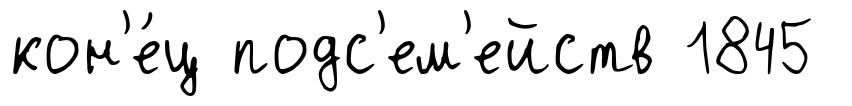
кон'е́ц подс'ем'ейств 1845